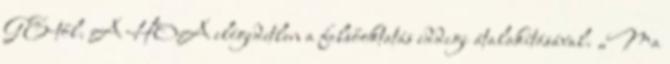
GE-től. A HOA elégedetlen a felsőoktatás eddigi átalakításával. „Ma